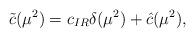
LaTeX: \begin{align*}\tilde{c}(\mu^2)=c_{IR}\delta(\mu^2)+\hat{c}(\mu^2),\end{align*}